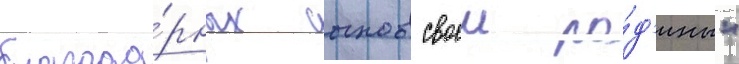
благода́рных сынов своеи ро́д'ины"